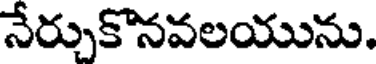
నేర్చుకొనవలయును.